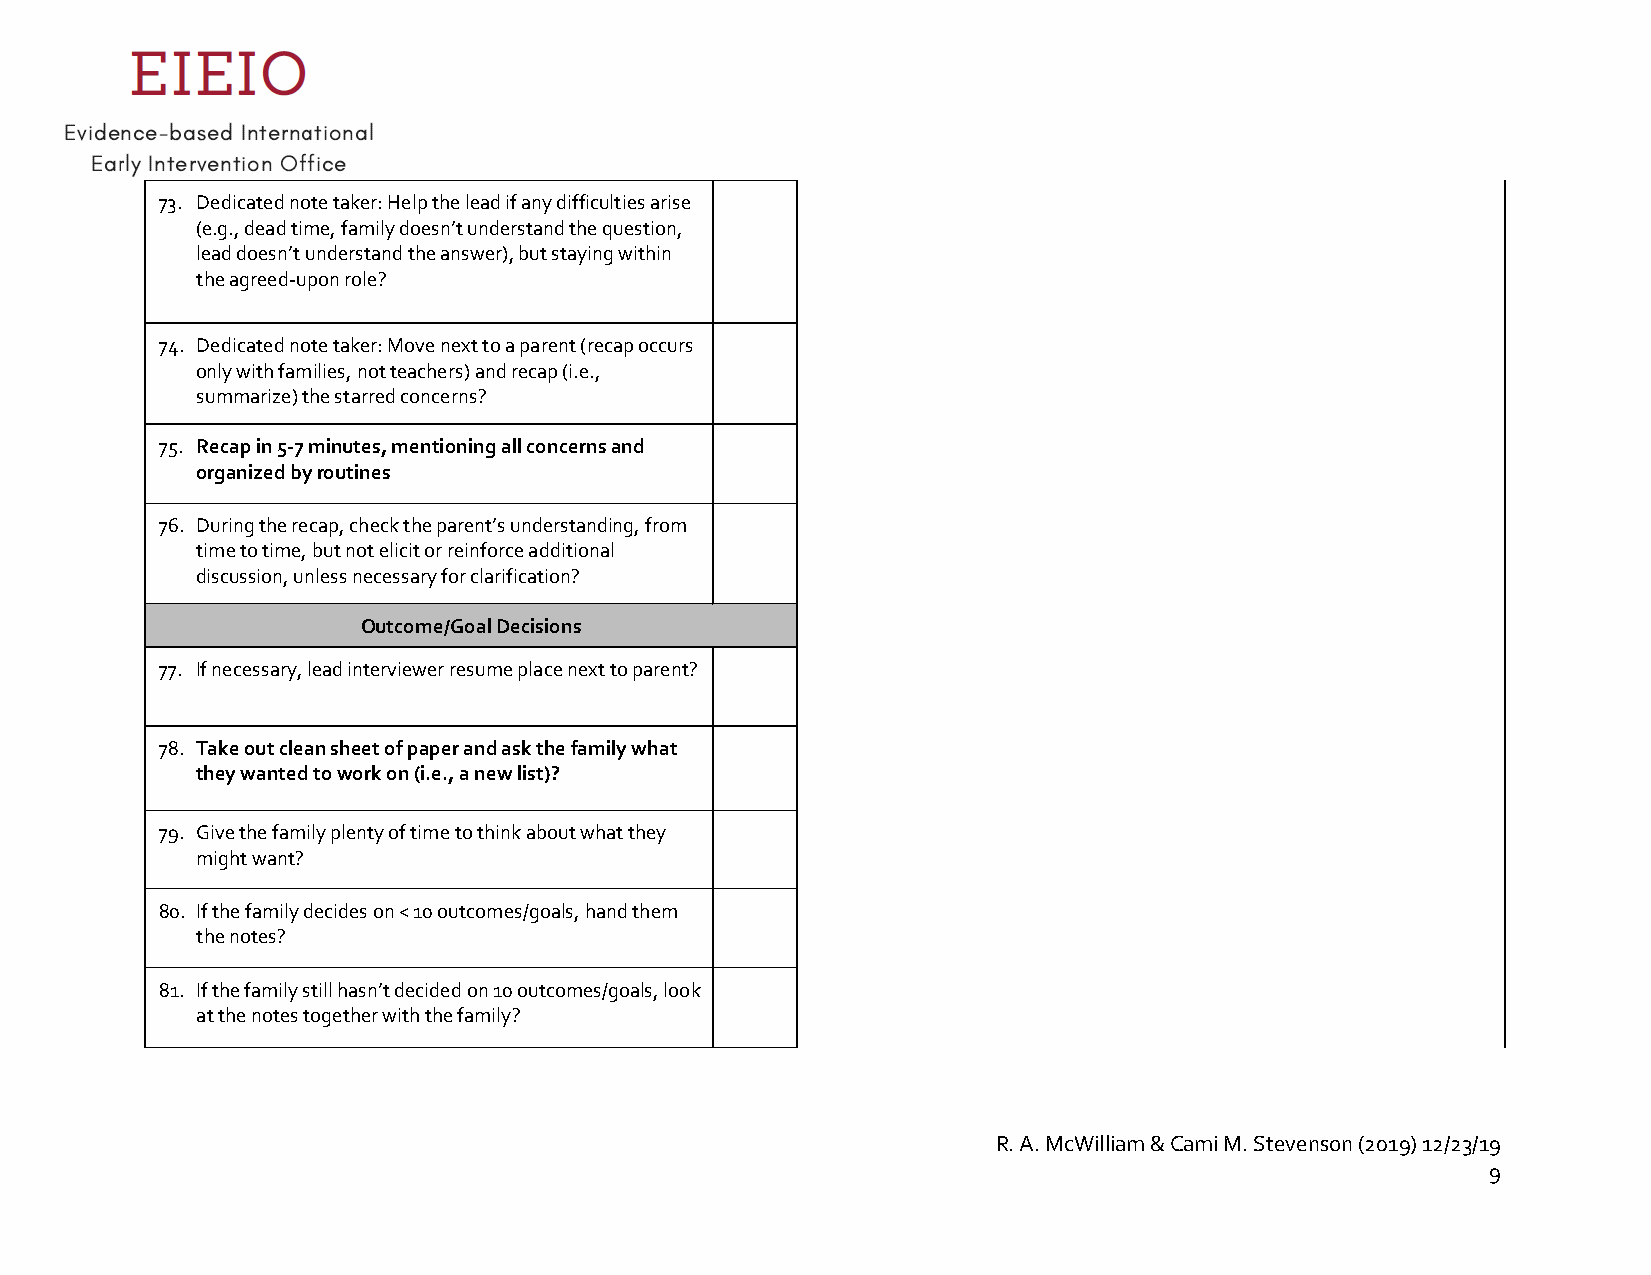
73. Dedicated note taker: Help the lead if any difficulties arise
 (e.g., dead time, family doesn’t understand the question,
 lead doesn’t understand the answer), but staying within
 the agreed-upon role?
 74. Dedicated note taker: Move next to a parent (recap occurs
 only with families, not teachers) and recap (i.e.,
 summarize) the starred concerns?
 75. Recap in 5-7 minutes, mentioning all concerns and
 organized by routines
 76. During the recap, check the parent’s understanding, from
 time to time, but not elicit or reinforce additional
 discussion, unless necessary for clarification?
 Outcome/Goal Decisions
 77. If necessary, lead interviewer resume place next to parent?
 78. Take out clean sheet of paper and ask the family what
 they wanted to work on (i.e., a new list)?
 79. Give the family plenty of time to think about what they
 might want?
 80. If the family decides on < 10 outcomes/goals, hand them
 the notes?
 81. If the family still hasn’t decided on 10 outcomes/goals, look
 at the notes together with the family?
 R. A. McWilliam & Cami M. Stevenson (2019) 12/23/19
 9